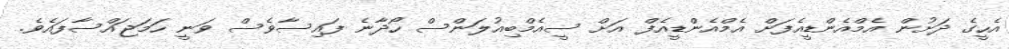
އެހީގެ ދަށުން އެމްއެންޑީއެފަށް އެމްއެންޑީއެފް އަށް ސީއެމްބިއުލަންސް ހޯދާނެ ފައިސާވެސް ވަނީ ހަމަޖައްސާފައެވެ.